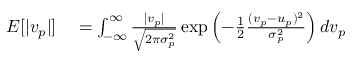
\begin{array} { r l } { E [ | v _ { p } | ] } & { { } = \int _ { - \infty } ^ { \infty } \frac { | v _ { p } | } { \sqrt { 2 \pi \sigma _ { p } ^ { 2 } } } \exp \left( - \frac { 1 } { 2 } \frac { ( v _ { p } - u _ { p } ) ^ { 2 } } { \sigma _ { p } ^ { 2 } } \right) d v _ { p } } \end{array}